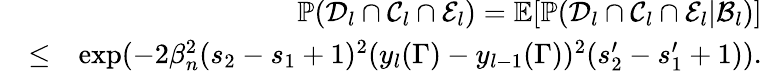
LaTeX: \begin{array}{rlr}&{}&{\mathbb{P}(\mathcal{D}_{l}\cap\mathcal{C}_{l}\cap\mathcal{E}_{l})=\mathbb{E}[\mathbb{P}(\mathcal{D}_{l}\cap\mathcal{C}_{l}\cap\mathcal{E}_{l}|\mathcal{B}_{l})]}\\ &{\leq}&{\exp(-2\beta_{n}^{2}(s_{2}-s_{1}+1)^{2}(y_{l}(\Gamma)-y_{l-1}(\Gamma))^{2}(s_{2}^{\prime}-s_{1}^{\prime}+1)).}\end{array}